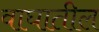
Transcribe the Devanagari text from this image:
वाघातील